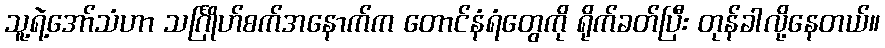
သူ့ရဲ့အော်သံဟာ သင်္ဂြိုဟ်စက်အနောက်က တောင်နံရံတွေကို ရိုက်ခတ်ပြီး တုန်ခါလို့နေတယ်။